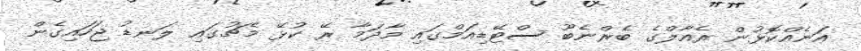
އަނެއްކޮޅުން ރެއާލްގެ ބެރްނެބޫ ސްޓޭޑިއަމްގައި މާދަމާ ރޭ ކުޅޭ މެޗުގައި ލަނޑު ޖަހައިގެން